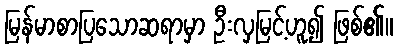
မြန်မာစာပြသောဆရာမှာ ဦးလှမြင့်ဟူ၍ ဖြစ်၏။